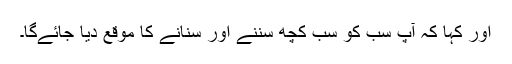
اور کہا کہ آپ سب کو سب کچھ سننے اور سنانے کا موقع دیا جائےگا۔